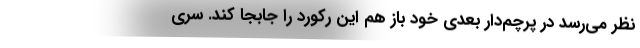
نظر می‌رسد در پرچم‌دار بعدی خود باز هم این رکورد را جابجا کند. سری